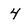
Character: 4